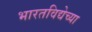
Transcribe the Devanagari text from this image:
भारतविद्येच्या